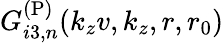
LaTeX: G_{i3,n}^{\mathrm{(P)}}(k_{z}v,k_{z},r,r_{0})